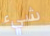
شيء